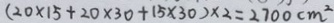
( 2 0 \times 1 5 + 2 0 \times 3 0 + 1 5 \times 3 0 ) \times 2 = 2 7 0 0 c m ^ { 2 }